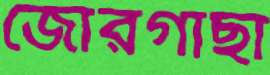
জোরগাছা